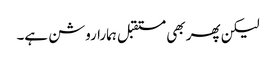
لیکن پھر بھی مستقبل ہمارا روشن ہے۔